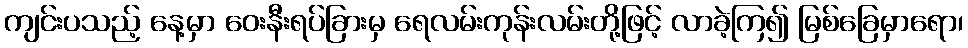
ကျင်းပသည့် နေ့မှာ ဝေးနီးရပ်ခြားမှ ရေလမ်းကုန်းလမ်းတို့ဖြင့် လာခဲ့ကြ၍ မြစ်ခြေမှာရော၊